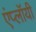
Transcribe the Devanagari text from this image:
एंप्लॉयी